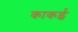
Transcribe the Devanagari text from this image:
काकई